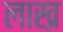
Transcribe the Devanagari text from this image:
लाख्र